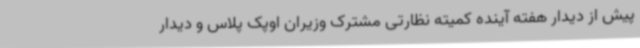
پیش از دیدار هفته آینده کمیته نظارتی مشترک وزیران اوپک پلاس و دیدار